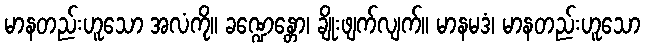
မာနတည်းဟူသော အလံကို။ ခဏ္ဍေန္တော၊ ချိုးဖျက်လျက်။ မာနမဒံ၊ မာနတည်းဟူသော